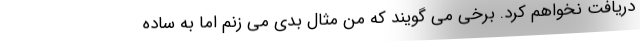
دریافت نخواهم کرد. برخی می گویند که من مثال بدی می زنم اما به ساده